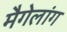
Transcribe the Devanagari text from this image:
मैगेलांग